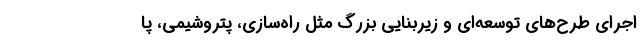
اجرای طرح‌های توسعه‌ای و زیربنایی بزرگ مثل راه‌سازی، پتروشیمی، پا